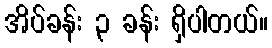
အိပ်ခန်း ၃ ခန်း ရှိပါတယ်။